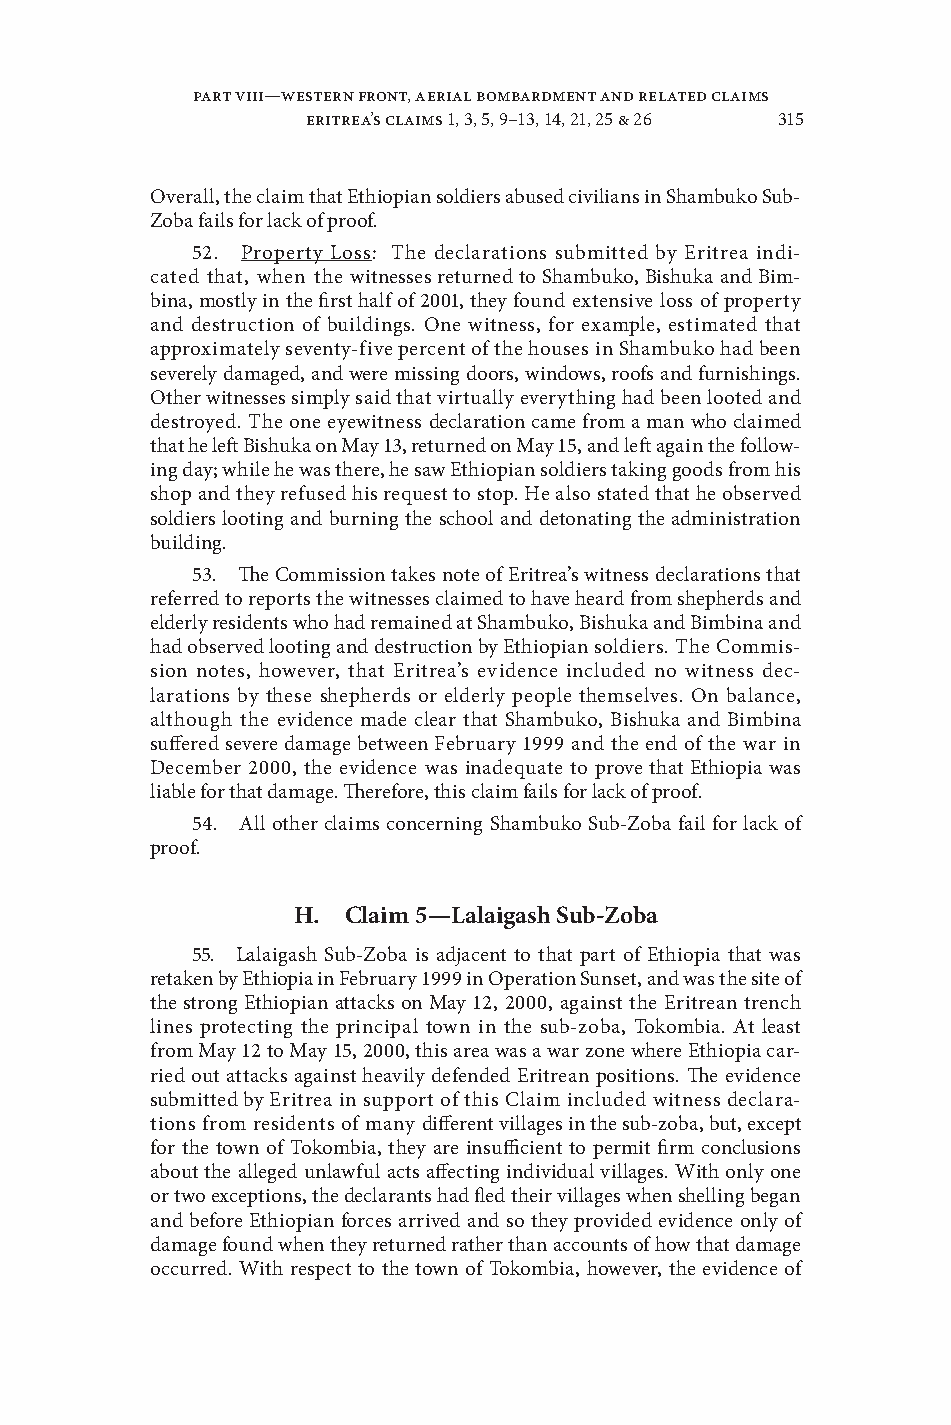
Part VIII—Western Front, Aerial Bombardment and Related Claims
 eritrea’s claims 1, 3, 5, 9–13, 14, 21, 25 & 26 315
 Oerall, the claim that Ethiopian soldiers abused ciilians in Shambuko Sub-
 Zoba fails for lack of proof .
 52 . Property Loss: The declarations submitted by Eritrea indi-
 cated that, when the witnesses returned to Shambuko, Bishuka and Bim-
 bina, mostly in the first half of 2001, they found extensie loss of property
 and destruction of buildings . One witness, for example, estimated that
 approximately seenty-fie percent of the houses in Shambuko had been
 seerely damaged, and were missing doors, windows, roofs and furnishings .
 Other witnesses simply said that irtually eerything had been looted and
 destroyed . The one eyewitness declaration came from a man who claimed
 that he left Bishuka on May 13, returned on May 15, and left again the follow-
 ing day; while he was there, he saw Ethiopian soldiers taking goods from his
 shop and they refused his request to stop . He also stated that he obsered
 soldiers looting and burning the school and detonating the administration
 building .
 53 . The Commission takes note of Eritrea’s witness declarations that
 referred to reports the witnesses claimed to hae heard from shepherds and
 elderly residents who had remained at Shambuko, Bishuka and Bimbina and
 had obsered looting and destruction by Ethiopian soldiers . The Commis-
 sion notes, howeer, that Eritrea’s eidence included no witness dec-
 larations by these shepherds or elderly people themseles . On balance,
 although the eidence made clear that Shambuko, Bishuka and Bimbina
 suffered seere damage between February 1999 and the end of the war in
 December 2000, the eidence was inadequate to proe that Ethiopia was
 liable for that damage . Therefore, this claim fails for lack of proof .
 54 . All other claims concerning Shambuko Sub-Zoba fail for lack of
 proof .
 H.  Claim 5—lalaigash sub-Zoba
 55 . Lalaigash Sub-Zoba is adjacent to that part of Ethiopia that was
 retaken by Ethiopia in February 1999 in Operation Sunset, and was the site of
 the strong Ethiopian attacks on May 12, 2000, against the Eritrean trench
 lines protecting the principal town in the sub-zoba, Tokombia . At least
 from May 12 to May 15, 2000, this area was a war zone where Ethiopia car-
 ried out attacks against heaily defended Eritrean positions . The eidence
 submitted by Eritrea in support of this Claim included witness declara-
 tions from residents of many different illages in the sub-zoba, but, except
 for the town of Tokombia, they are insufficient to permit firm conclusions
 about the alleged unlawful acts affecting indiidual illages . With only one
 or two exceptions, the declarants had fled their illages when shelling began
 and before Ethiopian forces arried and so they proided eidence only of
 damage found when they returned rather than accounts of how that damage
 occurred . With respect to the town of Tokombia, howeer, the eidence of